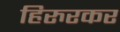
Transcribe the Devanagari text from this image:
हिरुरकर